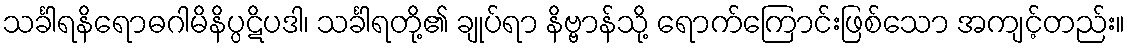
သင်္ခါရနိရောဓဂါမိနိပ္ပဋိပဒါ၊ သင်္ခါရတို့၏ ချုပ်ရာ နိဗ္ဗာန်သို့ ရောက်ကြောင်းဖြစ်သော အကျင့်တည်း။